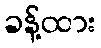
ခန့်ထား